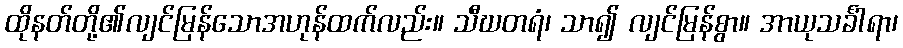
ထိုနတ်တို့၏လျင်မြန်သောအဟုန်ထက်လည်း။ သီဃတရံ၊ သာ၍ လျင်မြန်စွာ။ အာယုသင်္ခါရာ၊